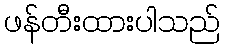
ဖန်တီးထားပါသည်